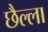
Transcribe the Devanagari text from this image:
छैल्ला